Report on vaccination in Madras 1904-1921 - 1904-1921
Year: 1904
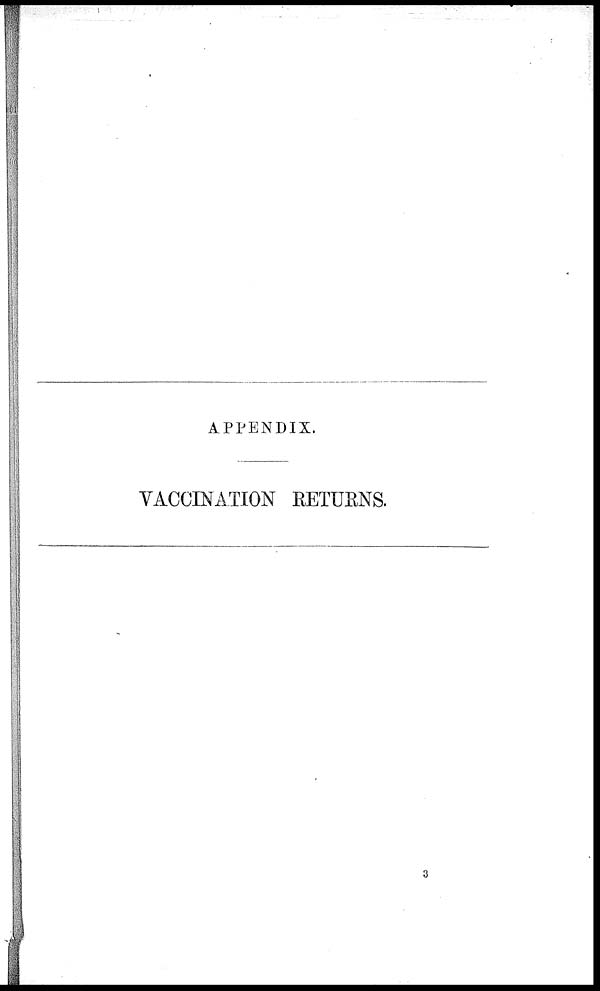
APPENDIX.
VACCINATION RETURNS.
3